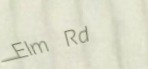
Elm Rd